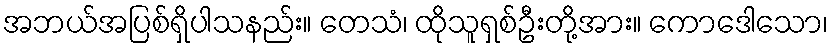
အဘယ်အပြစ်ရှိပါသနည်း။ တေသံ၊ ထိုသူရှစ်ဦးတို့အား။ ကောဒေါသော၊